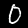
Label: 0